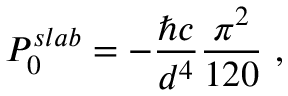
P _ { 0 } ^ { s l a b } = - \frac { \hbar c } { d ^ { 4 } } \frac { \pi ^ { 2 } } { 1 2 0 } \ ,